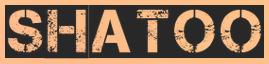
SHATOO